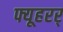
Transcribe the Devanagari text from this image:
फ्यूहरर्